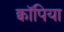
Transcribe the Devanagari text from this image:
क्वॉपिया